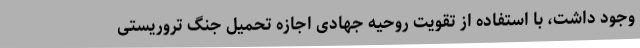
وجود داشت، با استفاده از تقویت روحیه جهادی اجازه تحمیل جنگ تروریستی